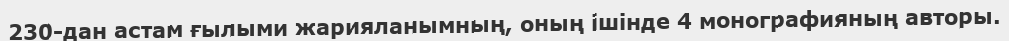
230-дан астам ғылыми жарияланымның, оның ішінде 4 монографияның авторы.